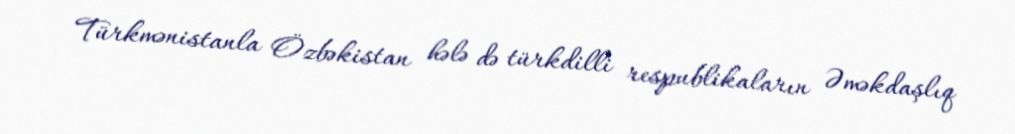
Türkmənistanla Özbəkistan hələ də türkdilli respublikaların Əməkdaşlıq